Annual report on the mental hospital in the Central Provinces and Berar (Nagpur) - 1927-1951
Year: 1927
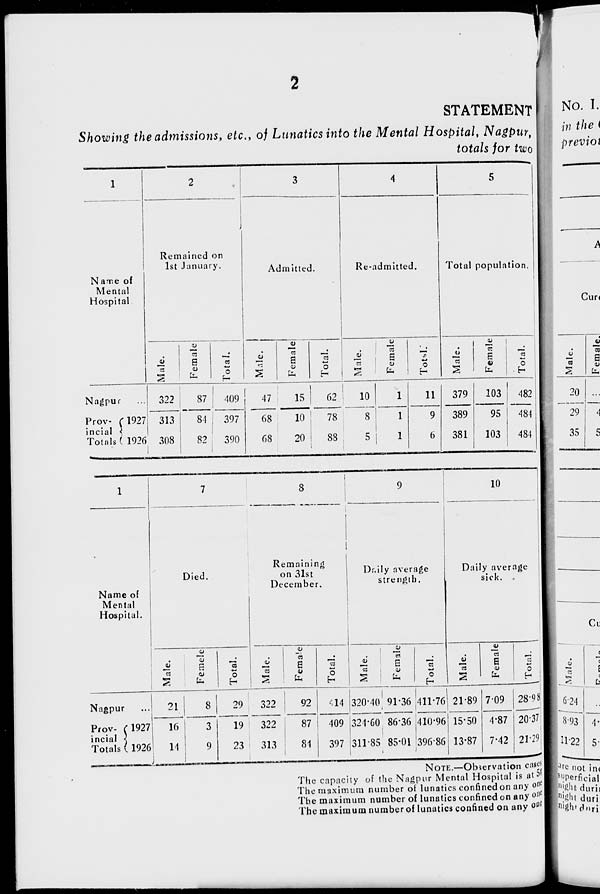
2
STATEMENT
Showing the admissions, etc., of Lunatics into the Mental Hospital, Nagpur,
totals for two
1
Name of
Mental
Hospital
Nagpur ...
Prov-
incial
Totals
1927
1926
2
Remained on
1st January.
Male.
322
313
308
Female
87
84
82
Total.
409
397
390
3
Admitted.
Male.
47
68
68
Female
15
10
20
Total.
62
78
88
4
Re-admitted.
Male.
10
8
5
Female
1
1
1
Total.
11
9
6
5
Total population.
Male.
379
389
381
Female
103
95
103
Total.
482
484
484
1
Name of
Mental
Hospital.
Nagpur ...
Prov-
incial
Totals
1927
1926
7
Died.
Male.
21
16
14
Female.
8
3
9
Total.
29
19
23
8
Remaining
on 31st
December.
Male.
322
322
313
Female.
92
87
84
Total.
414
409
397
9
Dai1y average
strength.
Male.
320.40
324.60
311.85
Female
91.36
86.36
85.01
Total.
411.76
410.96
396.86
10
Daily average
sick.
Male.
21.89
15.50
13.87
Female
7.09
4.87
7.42
Total.
28.98
20.37
21.29
NOTE.—Observation cases
The capacity of the Nagpur Mental Hospital is at 54
The maximum number of lunatics confined on any one
The maximum number of lunatics confined on any one
The maximum number of lunatics confined on any one